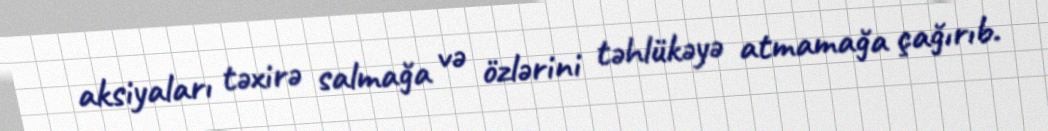
aksiyaları təxirə salmağa və özlərini təhlükəyə atmamağa çağırıb.